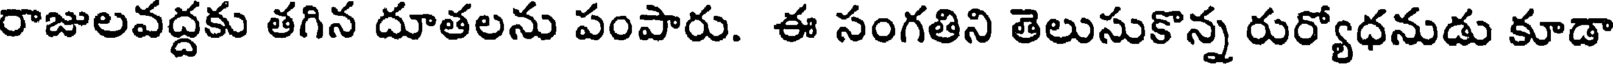
రాజులవద్దకు తగిన దూతలను పంపారు. ఈ సంగతిని తెలుసుకొన్న రుర్యోధనుడు కూడా